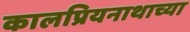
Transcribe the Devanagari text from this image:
कालप्रियनाथाच्या